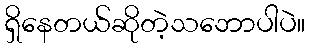
ရှိနေတယ်ဆိုတဲ့သဘောပါပဲ။